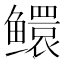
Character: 𬶵